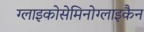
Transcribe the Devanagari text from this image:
ग्लाइकोसेमिनोग्लाइकैन